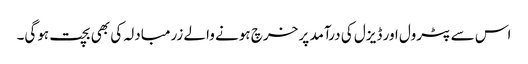
اس سے پٹرول اور ڈیزل کی درآمد پر خرچ ہونے والے زرمبادلہ کی بھی بچت ہوگی۔